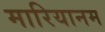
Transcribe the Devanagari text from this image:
मारियानम